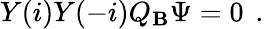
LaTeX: Y(i)Y(-i)Q_{\mathbf{B}}\Psi=0\left.\right.\ .